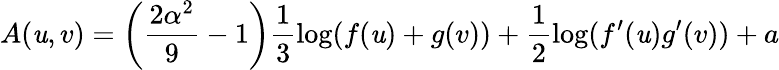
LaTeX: A(\mathit{u},v)=\left(\frac{{2\alpha^{2}}}{{9}}-1\right)\frac{{1}}{{3}}\log(f(\mathit{u})+g(v))+\frac{{1}}{{2}}\log(f^{\prime}(\mathit{u})g^{\prime}(v))+a